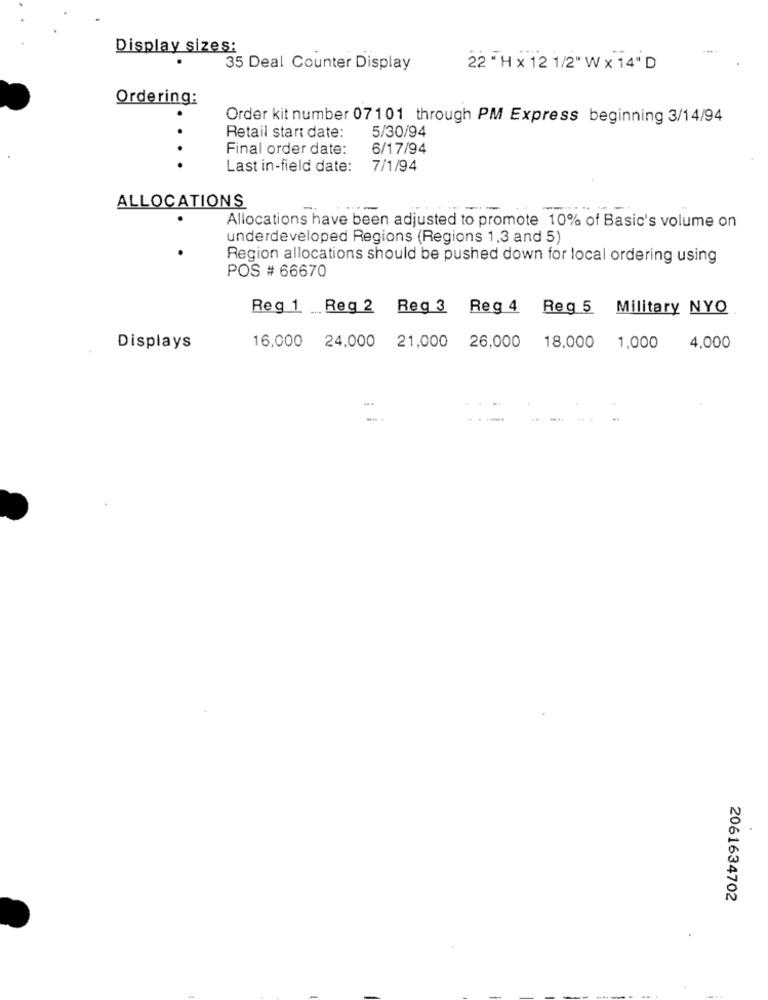
Display sizes:
35 Deal Counter Display
22 " H x 12 1/2" W x 14"D
Ordering:
Order kit number 07101 through PM Express beginning 3/14/94
5/30/94
Retail start date:
Final order date:
6/17/94
.. .
Last in-field date:
7/1/94
ALLOCATIONS
--
-
Allocations have been adjusted to promote 10% of Basic's volume on
underdeveloped Regions (Regions 1,3 and 5)
Region allocations should be pushed down for local ordering using
POS # 66670
Reg 1 Reg 2 Reg 3 Reg 4 Reg 5 Military NYQ
Displays
16,000 24,000 21,000 26,000 18,000
1,000
4,000
2061634702